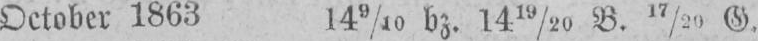
October 1863 149/10 bz. 1419/20 B. 17/20 G.